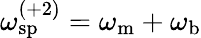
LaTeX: \omega_{\mathrm{sp}}^{(+2)}=\omega_{\mathrm{m}}+\omega_{\mathrm{b}}